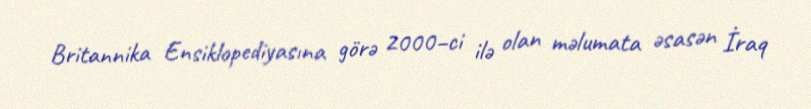
Britannika Ensiklopediyasına görə 2000–ci ilə olan məlumata əsasən İraq